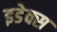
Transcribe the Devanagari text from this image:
इडेक्स